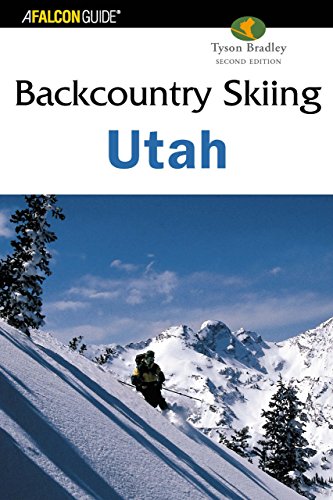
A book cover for Backcountry Skiing Utah, 2nd (Backcountry Skiing Series); Tyson Bradley; Travel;